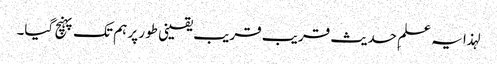
لہذا یہ علمِ حدیث قریب قریب یقینی طور پر ہم تک پہنچ گیا۔